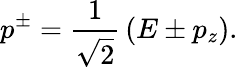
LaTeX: p^{\pm}={\frac{1}{\sqrt{2}}}\left(E\pm p_{z}\right).